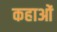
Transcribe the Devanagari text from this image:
कहाओं